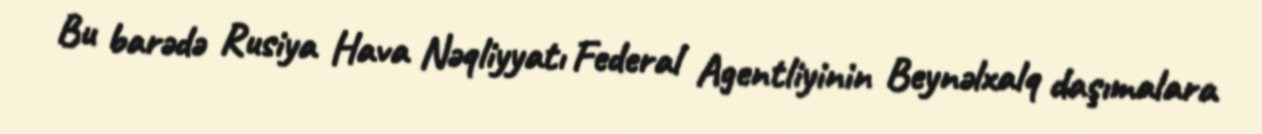
Bu barədə Rusiya Hava Nəqliyyatı Federal Agentliyinin Beynəlxalq daşımalara